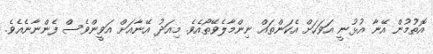
އޮތުމުން އޭނާ އުޅުނީ އަވަހަށް އެކަންތައް ނިންމާލެވޭތޯއެވެ. މިއަދު އޭނާއަށް އަވީންވެސް ފެންނާނެއެވެ.